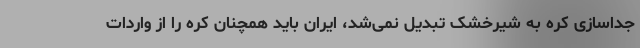
جداسازی کره به شیرخشک تبدیل نمی‌شد، ایران باید همچنان کره را از واردات